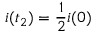
i ( t _ { 2 } ) = \frac { 1 } { 2 } i ( 0 )